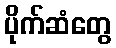
ပိုက်ဆံတွေ